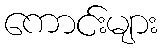
ကောင်းများ